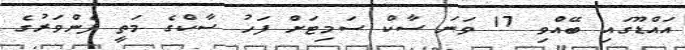
އައްޑޫގައި ބޭއްވި 17 ވަނަ ސާކް ސަމިޓަށް ފަހު ސާކްގެ މަތީ ފެންވަރުގެ